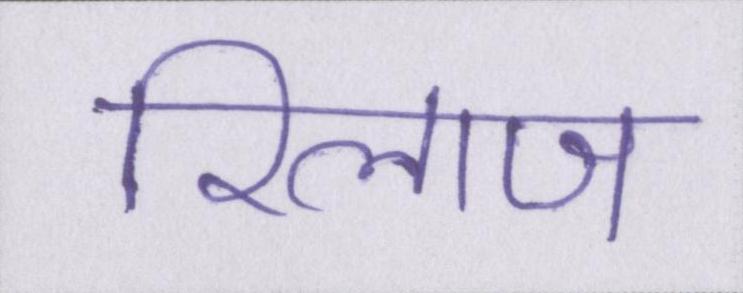
रिलाज